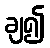
ချ၍